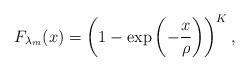
LaTeX: \begin{align*}F_{\lambda_m}(x)=\left(1-\exp\left(-\frac{x}{\rho}\right)\right)^{K},\end{align*}